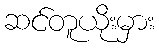
ဆင်တူယိုးမှား